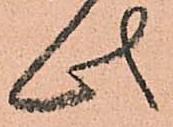
此